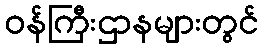
ဝန်ကြီးဌာနများတွင်